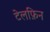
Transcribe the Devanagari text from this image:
टेलफ़िन